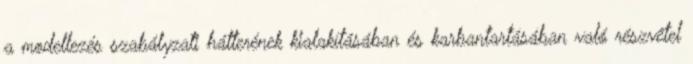
a modellezés szabályzati hátterének kialakításában és karbantartásában való részvétel